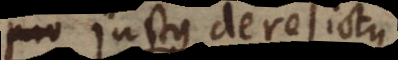
seu justus derelictus